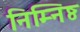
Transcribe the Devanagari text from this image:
निम्निष्ठ